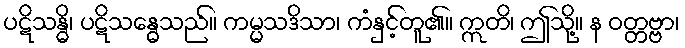
ပဋိသန္ဓိ၊ ပဋိသန္ဓေသည်။ ကမ္မသဒိသာ၊ ကံနှင့်တူ၏။ ဣတိ၊ ဤသို့။ န ဝတ္တဗ္ဗာ၊